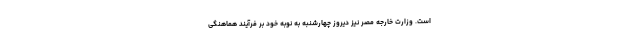
است. وزارت خارجه مصر نیز دیروز چهارشنبه به نوبه خود بر فرآیند هماهنگی